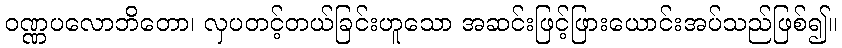
ဝဏ္ဏပလောဘိတော၊ လှပတင့်တယ်ခြင်းဟူသော အဆင်းဖြင့်ဖြားယောင်းအပ်သည်ဖြစ်၍။